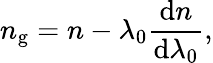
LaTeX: n_{\mathrm{g}}=n-\lambda_{0}{\frac{\mathrm{d}n}{\mathrm{d}\lambda_{0}}},